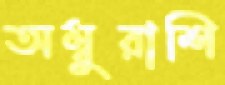
অম্বুরাশি